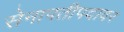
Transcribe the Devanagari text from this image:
सेनापतीपदावर